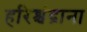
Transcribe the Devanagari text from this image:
हरिश्चंद्राना